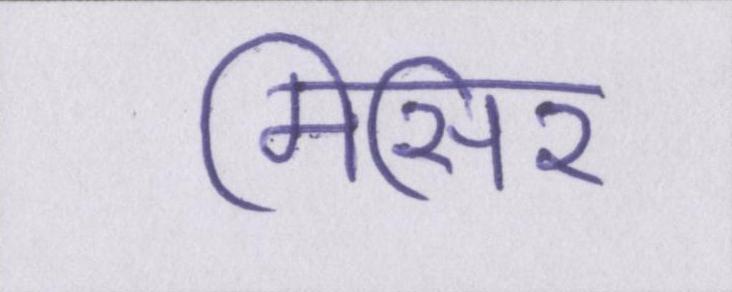
मिसिर